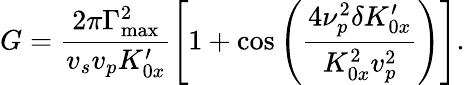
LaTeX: G=\frac{2\pi\Gamma_{\mathrm{max}}^{2}}{v_{s}v_{p}K_{0x}^{\prime}}\left[1+\cos\left(\frac{4\nu_{p}^{2}\delta K_{0x}^{\prime}}{K_{0x}^{2}v_{p}^{2}}\right)\right].